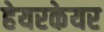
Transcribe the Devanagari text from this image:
हेयरकेयर